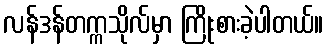
လန်ဒန်တက္ကသိုလ်မှာ ကြိုးစားခဲ့ပါတယ်။